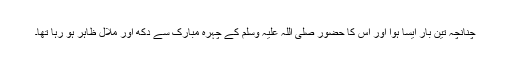
چنانچہ تین بار ایسا ہوا اور اس کا حضور صلی اللہ علیہ وسلم کے چہرہ مبارک سے دکھ اور ملال ظاہر ہو رہا تھا۔